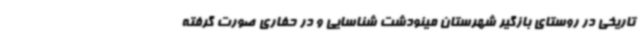
تاریخی در روستای بازگیر شهرستان مینودشت شناسایی و در حفاری صورت گرفته